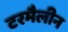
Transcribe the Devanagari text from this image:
टरमैलीन